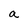
Character: a